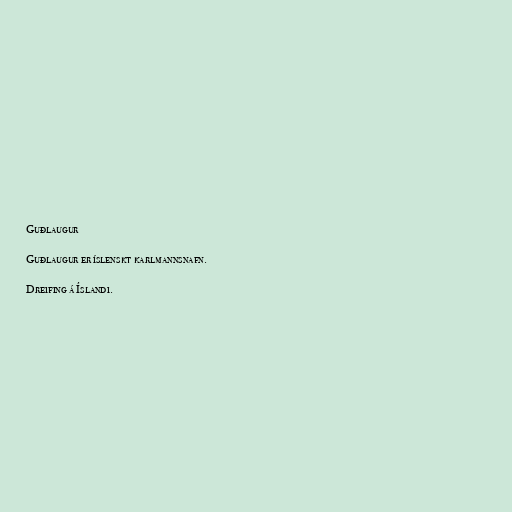
Guðlaugur

Guðlaugur er íslenskt karlmannsnafn.

Dreifing á Íslandi.